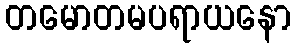
တမောတမပရာယနော